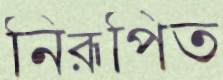
নিরূপিত